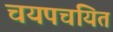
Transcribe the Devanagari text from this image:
चयपचयित